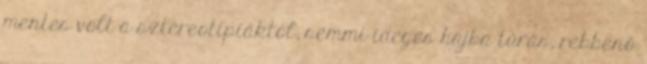
mentes volt a sztereotípiáktól, semmi ideges hajba túrás, rebbenő